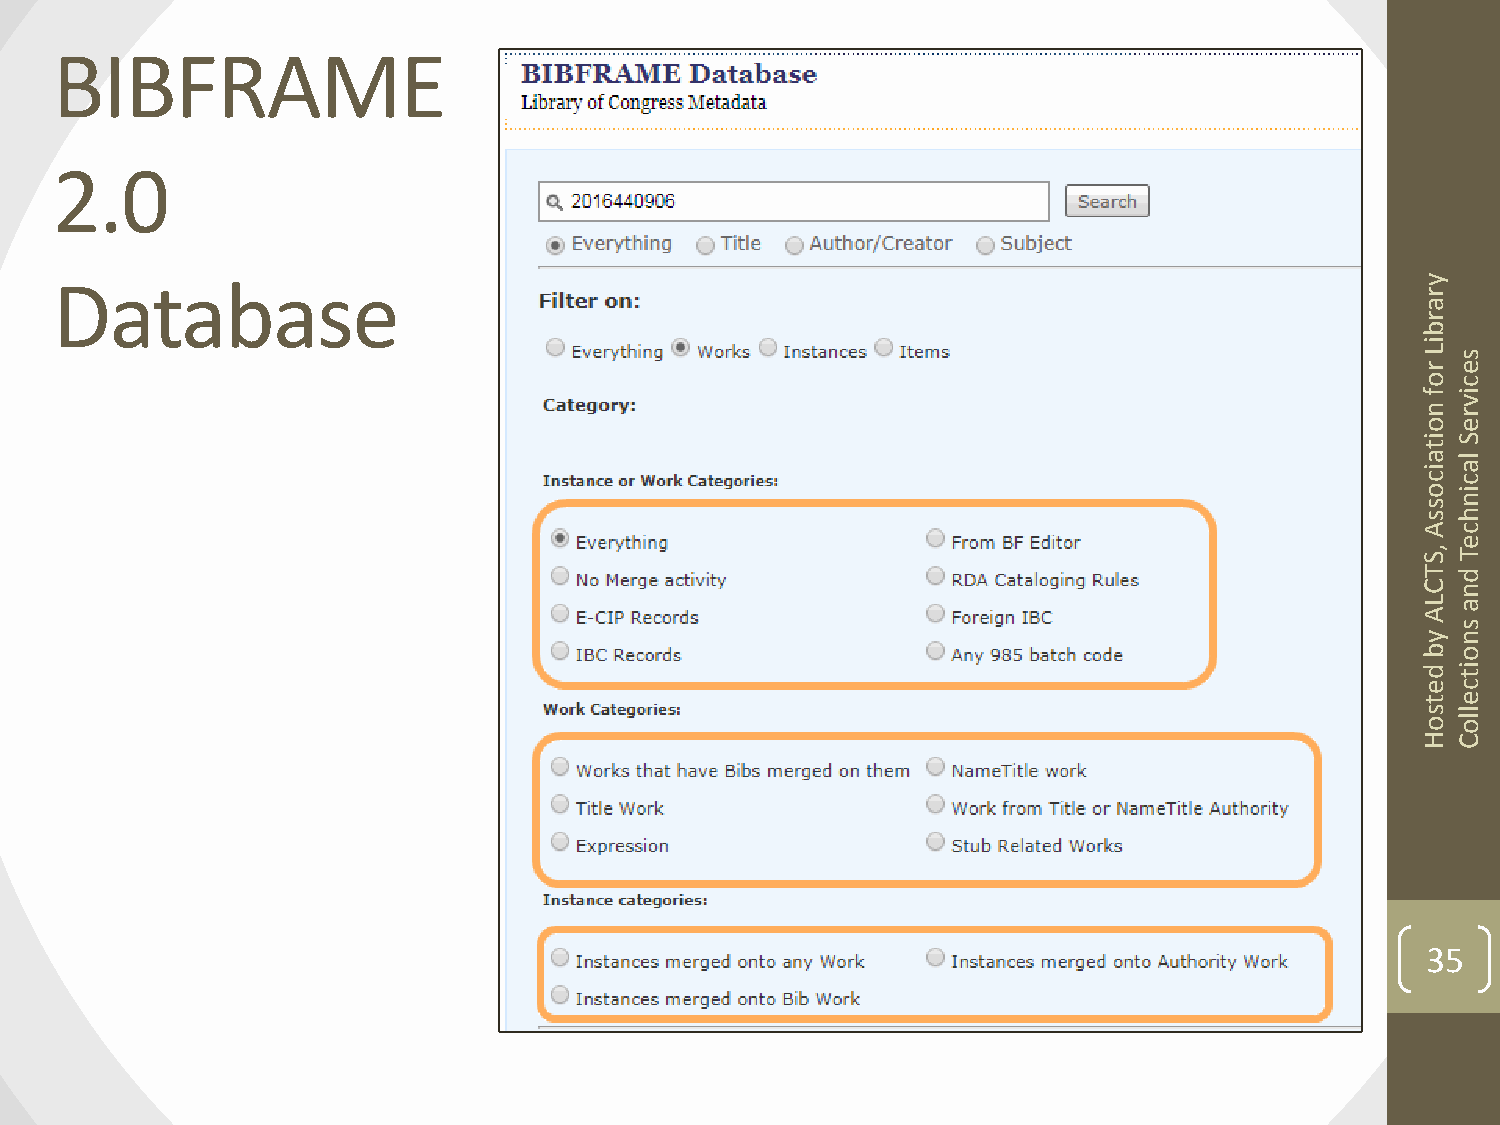
BIBFRAME
 2.0
 Database                                                                                   y
 r
 a
 r
 b
 i
 L rs
 e
 oc
 fi
 v
 nr
 oe
 iS
 t
 a l
 ia
 cc
 oi
 sn
 sh
 Ac
 e
 , ST
 T d
 Cn
 La
 A
 s
 yn
 bo
 di
 t
 ec
 te
 sl
 ol
 o
 HC
 35